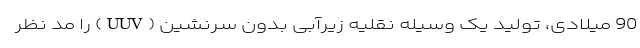
90 میلادی، تولید یک وسیله نقلیه زیرآبی بدون سرنشین (UUV) را مد نظر